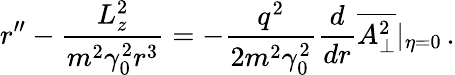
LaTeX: r^{\prime\prime}-\frac{L_{z}^{2}}{m^{2}\gamma_{0}^{2}r^{3}}=-\frac{q^{2}}{2m^{2}\gamma_{0}^{2}}\frac{d}{dr}\overline{{A_{\perp}^{2}}}|_{\eta=0}\, .